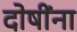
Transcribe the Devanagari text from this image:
दोषींना